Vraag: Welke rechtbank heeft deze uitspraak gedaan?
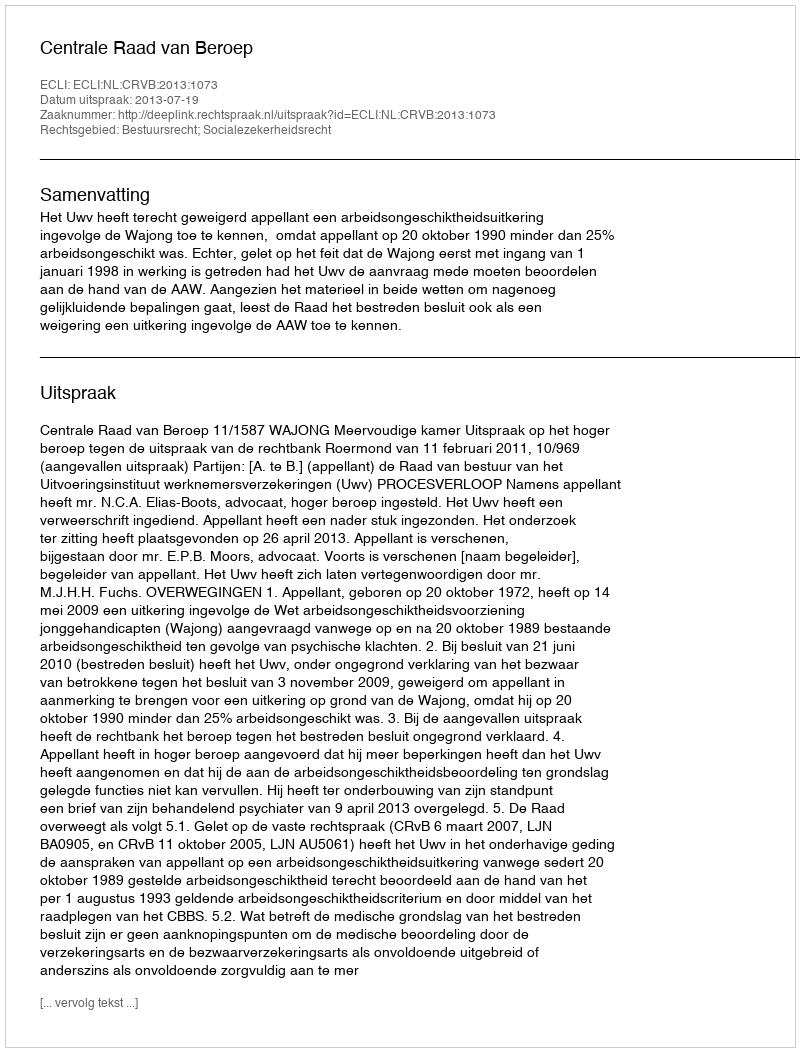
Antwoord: Centrale Raad van Beroep